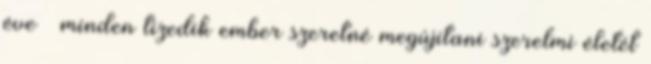
éve – minden tizedik ember szeretné megújítani szerelmi életét